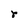
Character: r